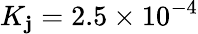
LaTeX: K_{\mathbf{j}}=2.5\times10^{-4}